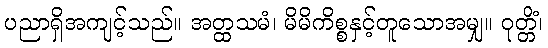
ပညာရှိအကျင့်သည်။ အတ္ထသမံ၊ မိမိကိစ္စနှင့်တူသောအမျှ။ ဝုတ္တိံ၊